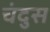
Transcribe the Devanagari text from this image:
चंदुस